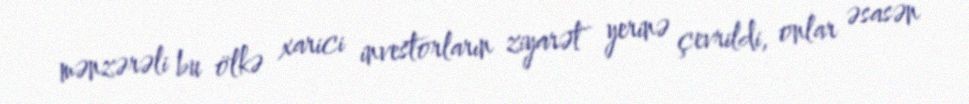
mənzərəli bu ölkə xarici investorların ziyarət yerinə çevrildi, onlar əsasən